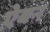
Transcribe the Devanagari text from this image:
ऐबन